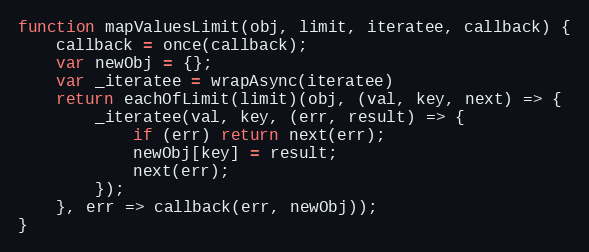
Language: JavaScript
function mapValuesLimit(obj, limit, iteratee, callback) {
    callback = once(callback);
    var newObj = {};
    var _iteratee = wrapAsync(iteratee)
    return eachOfLimit(limit)(obj, (val, key, next) => {
        _iteratee(val, key, (err, result) => {
            if (err) return next(err);
            newObj[key] = result;
            next(err);
        });
    }, err => callback(err, newObj));
}